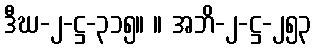
ဒီဃ-၂-ဋ္ဌ-၃၁၅။ ။ အဘိ-၂-ဋ္ဌ-၂၅၃